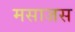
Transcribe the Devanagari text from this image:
मसाजस